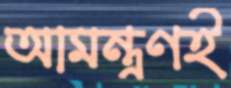
আমন্ত্রণই